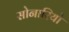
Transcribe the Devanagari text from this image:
सोनारियो